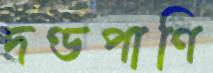
দণ্ডপাণি